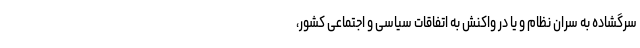
سرگشاده به سران نظام و یا در واکنش به اتفاقات سیاسی و اجتماعی کشور،